Newspaper: The Charleston daily news. [volume]
Place of publication: Charleston, S.C.
Publisher: Cathcart, McMillan & Morton
Date: 1870-03-12 00:00:00
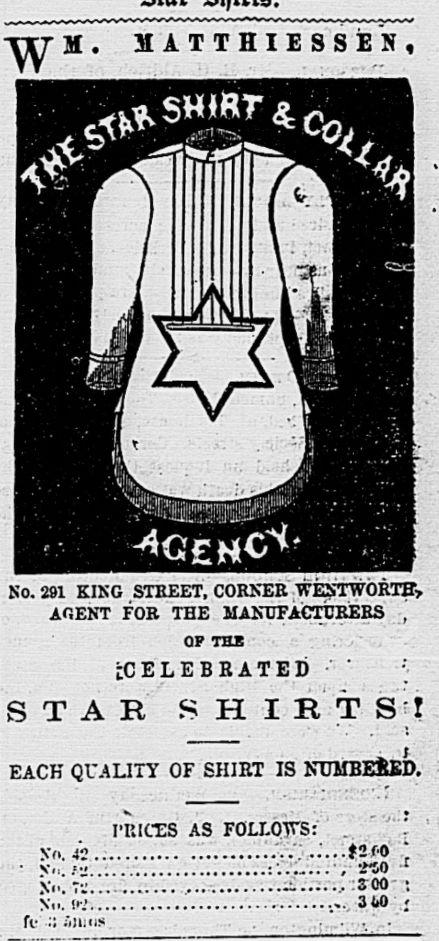
Advertisement text (OCR):
M. MATTHIESS?N, No. 291 KING STEEET, CORNEE WENTWORTHS AGENT FOR THE MANUFACTURERS \ OF TBS [CELEBRATED .' SHIRTS! EACH QUALITY OF SHIRT IS NIJMBES?D. TRICES AS FOLLOWS: Nf?. 42.'..$2f-0 ' . N?i. ."J....fW r No. 72.~. 3 00 : Nu. 02.3W) r fi- ?; Sum* . '. . .
Label: illustrations